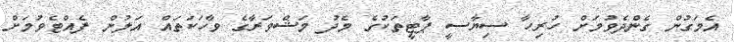
އެމަގުން ގެންދެވުމަށް ހުރިހާ ސިޔާސީ ޕާޓީތަކުގެ މެދު މަޝްވަރާގެ ވާހަކަތައް އަލުން ފެއްޓެވުމަށް